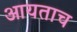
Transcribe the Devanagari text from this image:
आयताच